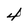
Character: 4